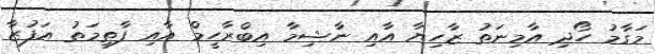
މަގާމު ހޯދި އާމިނަތު ޒާހިޔާ އާއި ނާޝިމާ އިބްރާހީމް އާއި ފާތިމަތު އަފުޒާ